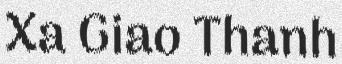
Xa Giao Thanh